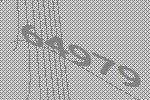
64979